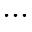
. . .